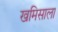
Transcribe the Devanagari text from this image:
खमिसाला